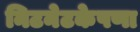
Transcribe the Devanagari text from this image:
निटनेटकेपणा